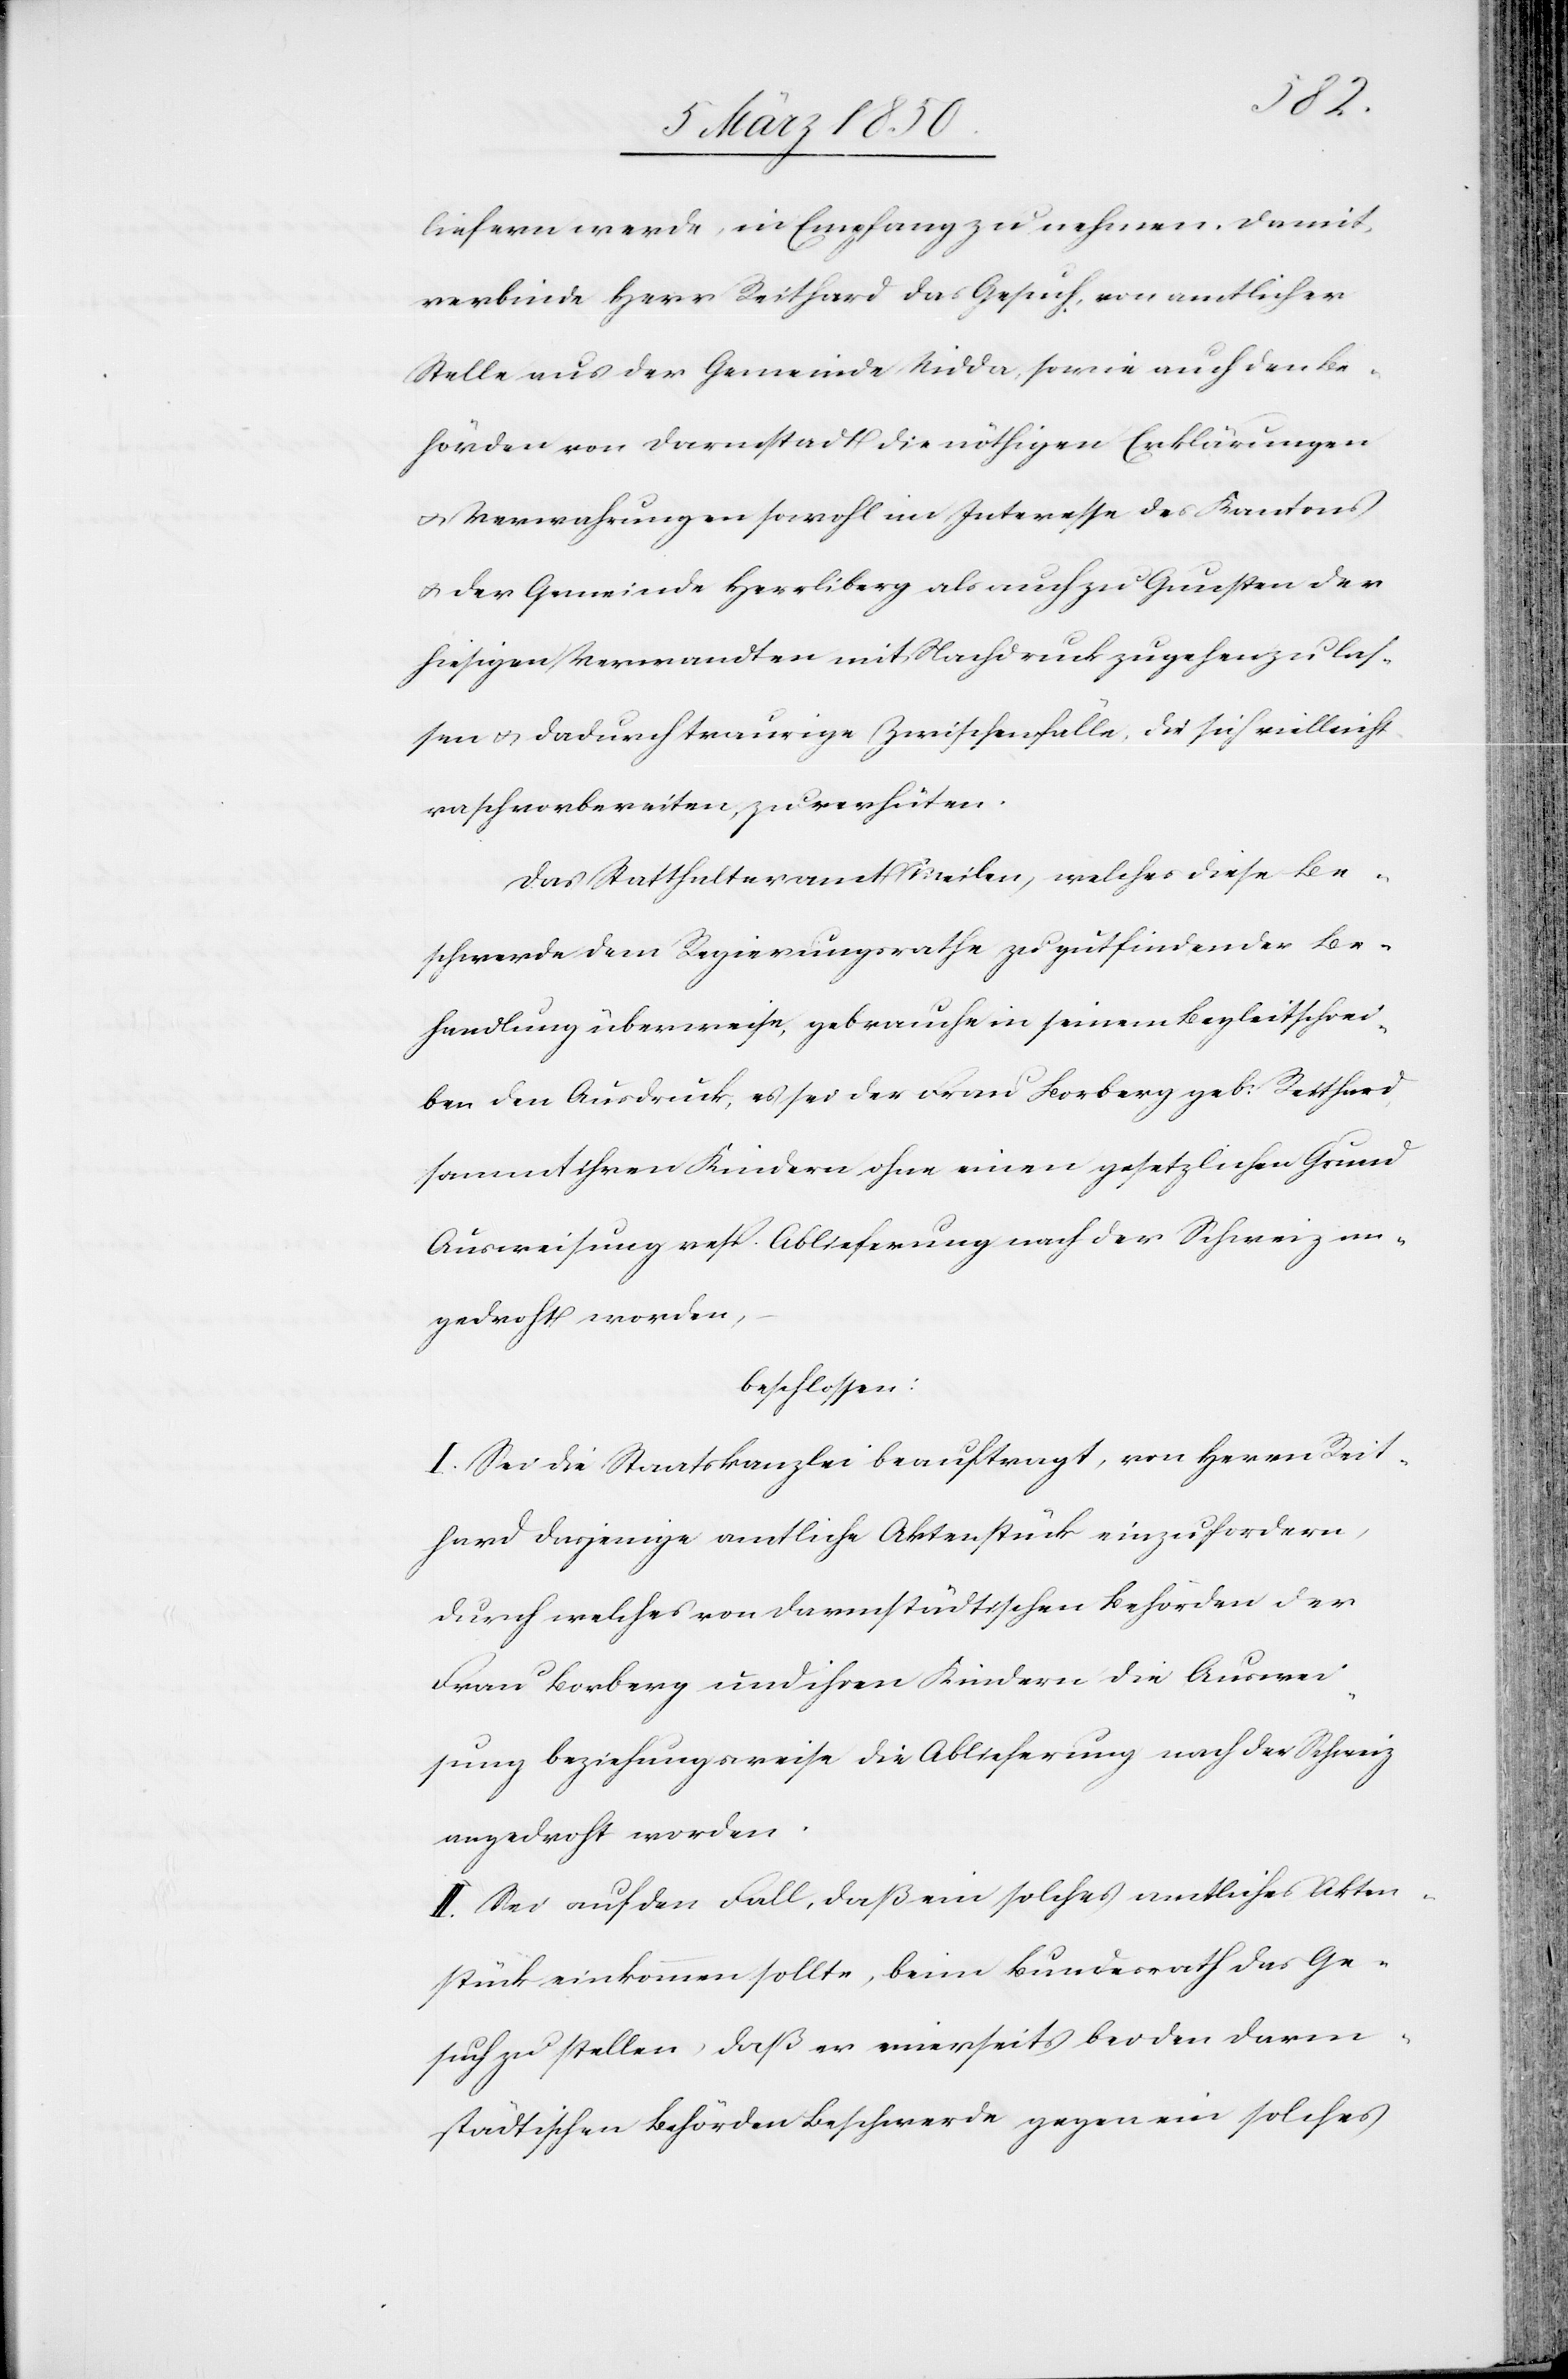
liefern werde, in Empfang zu nehmen. Damit
verbinde Herr Reithard das Gesuch, von amtlicher
Stelle aus der Gemeinde Nidda, sowie auch den Be¬
hörden von Darmstadt die nöthigen Erklärungen
u. Verwahrungen sowohl im Interesse des Kantons
u. der Gemeinde Herrliberg als auch zu Gunsten der
hiesigen Verwandten mit Nachdruck zugehen zu las¬
sen u. dadurch traurige Zwischenfälle, die sich vielleicht
rasch vorbereiten, zu verhüten.
Das Statthalteramt Meilen, welches diese Be¬
schwerde dem Regierungsrathe zu gutfindender Be¬
handlung überweise, gebrauche in seinem Begleitschrei¬
ben den Ausdruck, es sei der Frau Borberg geb: Reithard
sammt ihren Kindern ohne einen gesetzlichen Grund
Ausweisung resp. Ablieferung nach der Schweiz an¬
gedroht worden,
beschlossen:
I. Sei die Staatskanzlei beauftragt, von Herrn Reit¬
hard dasjenige amtliche Aktenstück einzufordern,
durch welches von darmstädtischen Behörden der
Frau Borberg und ihren Kindern die Auswei¬
sung beziehungsweise die Ablieferung nach der Schweiz
angedroht worden.
II. Sei auf den Fall, daß ein solches amtliches Akten¬
stück einkommen sollte, beim Bundesrath das Ge¬
such zu stellen, daß er einerseits bei den darm¬
städtischen Behörden Beschwerde gegen ein solches